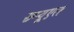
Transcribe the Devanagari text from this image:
सम्यूएल